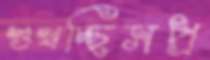
শুখচ্ছিসপ্র